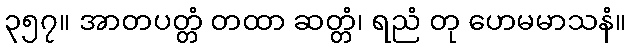
၃၅၇။ အာတပတ္တံ တထာ ဆတ္တံ၊ ရညံ တု ဟေမမာသနံ။